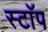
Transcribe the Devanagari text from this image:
स्टाॅप